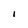
Character: I